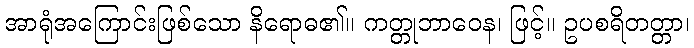
အာရုံအကြောင်းဖြစ်သော နိရောဓ၏။ ကတ္တုဘာဝေန၊ ဖြင့်။ ဥပစရိတတ္တာ၊